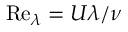
\mathrm { R e } _ { \lambda } = U \lambda / \nu